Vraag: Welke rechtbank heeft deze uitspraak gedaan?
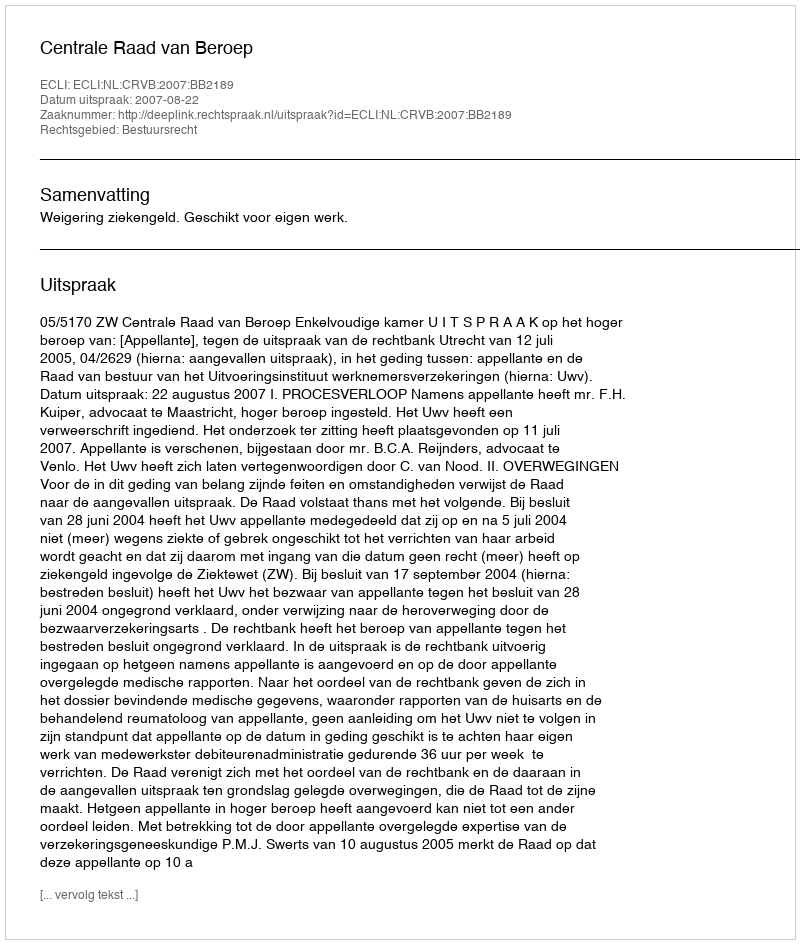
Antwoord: Centrale Raad van Beroep